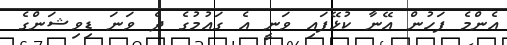
އެންމެ ފަހުން އޭނާ ކުޅޭފައި ވަނީ އެ ގައުމުގެ ދެ ވަނަ ޑިވިޝަންގެ